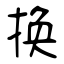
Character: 换